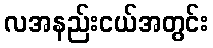
လအနည်းငယ်အတွင်း